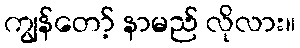
ကျွန်တော့် နာမည် လိုလား။